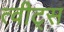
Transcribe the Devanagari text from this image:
त्वीट्स